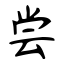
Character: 尝